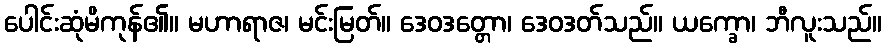
ပေါင်းဆုံမိကုန်၏။ မဟာရာဇ၊ မင်းမြတ်။ ဒေဝဒတ္တော၊ ဒေဝဒတ်သည်။ ယက္ခော၊ ဘီလူးသည်။